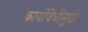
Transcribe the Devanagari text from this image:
कार्यविधींमुळे